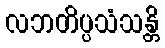
လဘတိပ္ပသံသန္တိ